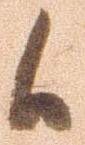
候